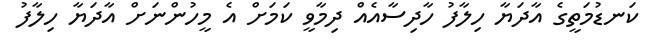
ކަނޑުމަތީގެ އާދަޔާ ހިލާފު ހާދިސާއެއް ދިމާވީ ކަމަށް އެ މީހުންނަށް އާދަޔާ ހިލާފު